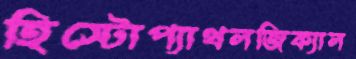
হিস্টোপ্যাথলজিক্যাল